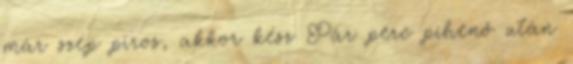
már szép piros, akkor kész Pár perc pihenő után